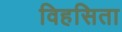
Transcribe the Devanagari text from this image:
विहसिता